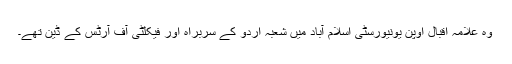
وہ علامہ اقبال اوپن یونیورسٹی اسلام آباد میں شعبہ اردو کے سربراہ اور فیکلٹی آف آرٹس کے ڈین تھے۔